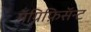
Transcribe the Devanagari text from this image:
मॅग्निफ़िसॅन्ट